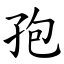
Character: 孢